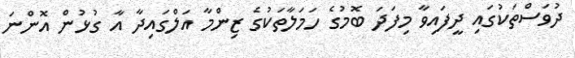
ދުވަސްތަކުގައި ދީފައިވާ މިފަދަ ބޮމުގެ ހަމަލާތަކުގެ ޒިންމާ އަލްގައިދާ އާ ގުޅުން އޮންނަ